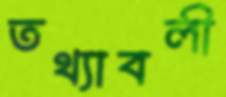
তথ্যাবলী